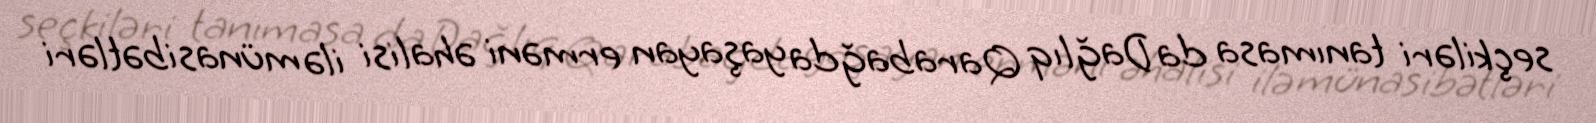
seçkiləri tanımasa da Dağlıq Qarabağda yaşayan erməni əhalisi ilə münasibətləri